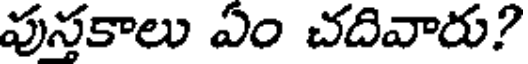
పుస్తకాలు ఏం చదివారు?